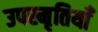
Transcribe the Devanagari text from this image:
उपस्मृतियाँ